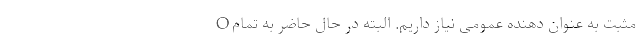
O مثبت به عنوان دهنده عمومی نیاز داریم. البته در حال حاضر به تمام